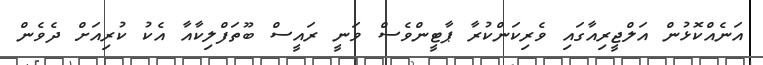
އަނެއްކޮޅުން އަލްޖީރިއާގައި ވެރިކަންކުރާ ޕާޓީންވެސް ވަނީ ރައީސް ބޫތަފްލިކާއާ އެކު ކުރިއަށް ދެވެން